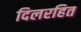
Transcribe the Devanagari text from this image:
दिलरहित